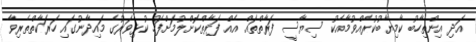
އަދި އިންތިހާބު ކާމިޔާބުކުރެއްވުމާއެކު ސިޔާސީ ފަރާތްތައް އެއް ފަރާތްކޮށްލުމަށްފަހު ކުޅިވަރުގެ މައިދާނުގައި ހަރަކާތްތެރިވާ